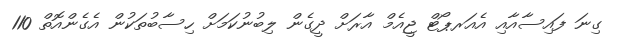
ގިނަ ފައިސާއާއި އެއަރޕޯޓް ޖީއެމް އާރަށް ދީގެން ލިބުނުކަމަށް ހިސާބުތަކުން އެގެންއޮތް 110